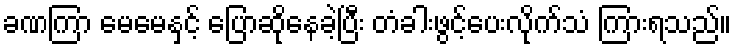
ခဏကြာ မေမေနှင့် ပြောဆိုနေခဲ့ပြီး တံခါးဖွင့်ပေးလိုက်သံ ကြားရသည်။